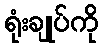
ရုံးချုပ်ကို